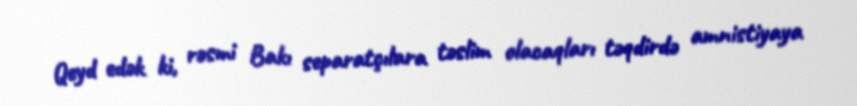
Qeyd edək ki, rəsmi Bakı separatçılara təslim olacaqları təqdirdə amnistiyaya